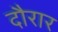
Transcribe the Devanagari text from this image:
दौरार